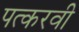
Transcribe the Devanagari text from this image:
पत्करवी